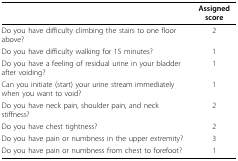
|  | Assigned score |
 | --- | --- |
 | Do you have difficulty climbing the stairs to one floor above? | 2 |
 | Do you have difficulty walking for 15 minutes? | 1 |
 | Do you have a feeling of residual urine in your bladder after voiding? | 1 |
 | Can you initiate (start) your urine stream immediately when you want to void? | 1 |
 | Do you have neck pain, shoulder pain, and neck stiffness? | 2 |
 | Do you have chest tightness? | 2 |
 | Do you have pain or numbness in the upper extremity? | 3 |
 | Do you have pain or numbness from chest to forefoot? | 1 |